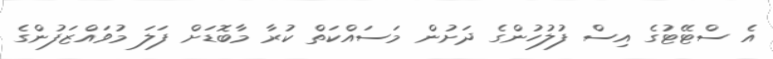
އެ ސްޓޭޓުގެ އިސް ފުލުހުންގެ ދަށުން މަސައްކަތް ކުރާ މާބޮޑަށް ފަލަ މުވައްޒަފުންގެ